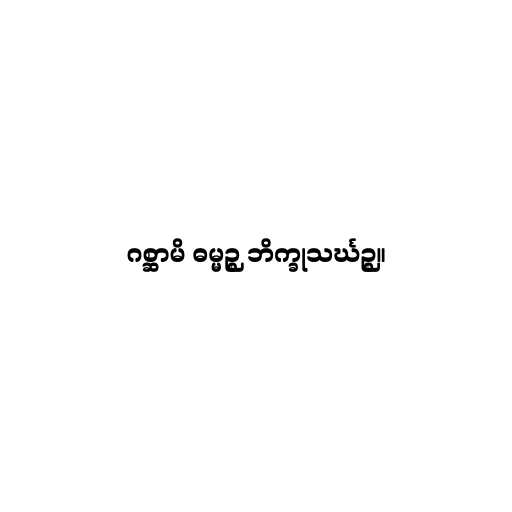
ဂစ္ဆာမိ ဓမ္မဉ္စ ဘိက္ခုသင်္ဃဉ္စ။